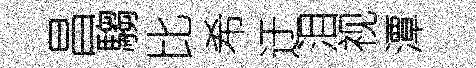
昌騶比希迂泪视潭